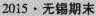
2015·无锡期末